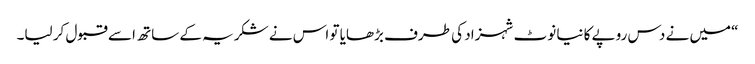
“میں نے دس روپے کا نیا نوٹ شہزاد کی طرف بڑھایا تو اس نے شکریہ کے ساتھ اسے قبول کر لیا۔